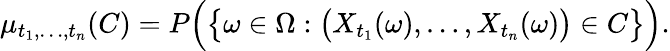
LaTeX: \mu_{t_{1},\dots,t_{n}}(C)=P{\Big(}{\big\{ }\omega\in\Omega:{\big(}X_{t_{1}}(\omega),\dots,X_{t_{n}}(\omega){\big)}\in C{\big\} }{\Big)}.